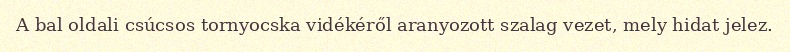
A bal oldali csúcsos tornyocska vidékéről aranyozott szalag vezet, mely hidat jelez.